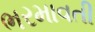
ભરમાવતી